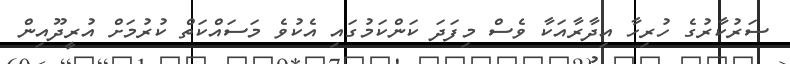
ސަރުކާރުގެ ހުރިހާ އިދާރާއަކާ ވެސް މިފަދަ ކަންކަމުގައި އެކުވެ މަސައްކަތް ކުރުމަށް އުރީދޫއިން